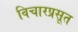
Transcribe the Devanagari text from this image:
विचारप्रसूत